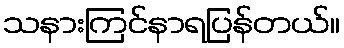
သနားကြင်နာရပြန်တယ်။